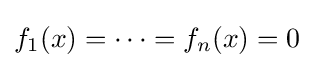
f_{1}(x)=\cdots =f_{n}(x)=0